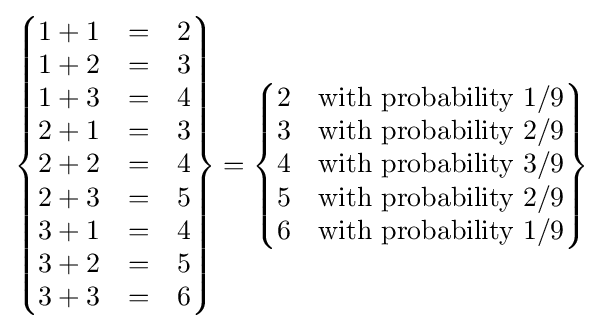
\left\{{\begin{matrix}1+1&=&2\\1+2&=&3\\1+3&=&4\\2+1&=&3\\2+2&=&4\\2+3&=&5\\3+1&=&4\\3+2&=&5\\3+3&=&6\end{matrix}}\right\}=\left\{{\begin{matrix}2&{\mbox{with}}\ {\mbox{probability}}\ 1/9\\3&{\mbox{with}}\ {\mbox{probability}}\ 2/9\\4&{\mbox{with}}\ {\mbox{probability}}\ 3/9\\5&{\mbox{with}}\ {\mbox{probability}}\ 2/9\\6&{\mbox{with}}\ {\mbox{probability}}\ 1/9\end{matrix}}\right\}